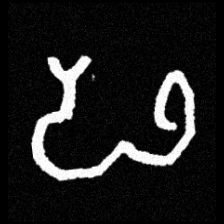
Pyu character \u2014 Myanmar letter: ဖ (romanized: pha)